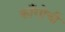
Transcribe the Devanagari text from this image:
काँगोची